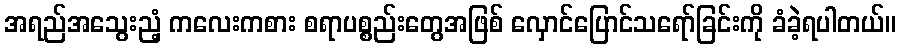
အရည်အသွေးညံ့ ကလေးကစား စရာပစ္စည်းတွေအဖြစ် လှောင်ပြောင်သရော်ခြင်းကို ခံခဲ့ရပါတယ်။